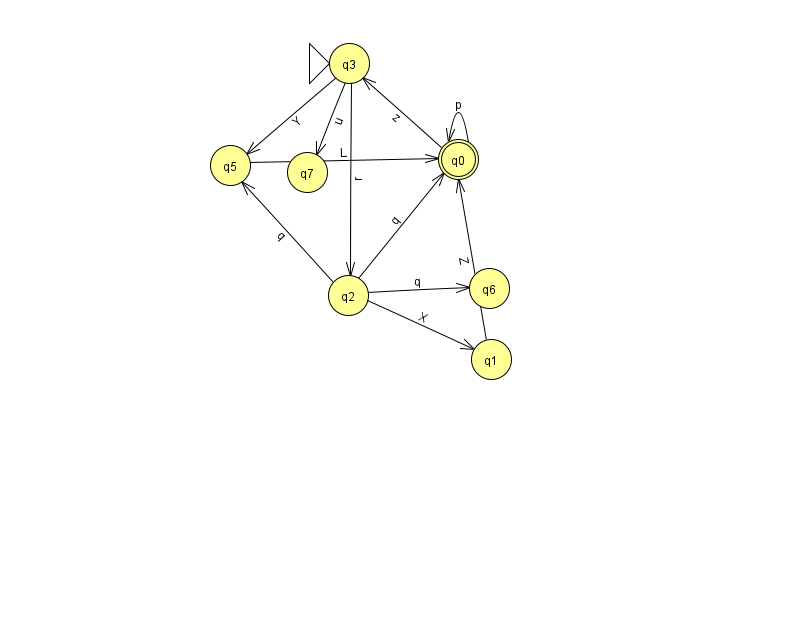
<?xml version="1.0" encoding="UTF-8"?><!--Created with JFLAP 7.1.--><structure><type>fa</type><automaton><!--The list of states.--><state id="0" name="q0"><x>458.0</x><y>146.0</y><final/></state><state id="1" name="q1"><x>491.0</x><y>346.0</y></state><state id="2" name="q2"><x>348.0</x><y>282.0</y></state><state id="3" name="q3"><x>349.0</x><y>50.0</y><initial/></state><state id="5" name="q5"><x>230.0</x><y>152.0</y></state><state id="6" name="q6"><x>489.0</x><y>275.0</y></state><state id="7" name="q7"><x>307.0</x><y>159.0</y></state><!--The list of transitions.--><transition><from>0</from><to>0</to><read>p</read></transition><transition><from>2</from><to>6</to><read>q</read></transition><transition><from>5</from><to>0</to><read>L</read></transition><transition><from>2</from><to>0</to><read>q</read></transition><transition><from>0</from><to>3</to><read>z</read></transition><transition><from>3</from><to>7</to><read>u</read></transition><transition><from>2</from><to>5</to><read>q</read></transition><transition><from>2</from><to>1</to><read>X</read></transition><transition><from>3</from><to>2</to><read>r</read></transition><transition><from>3</from><to>5</to><read>Y</read></transition><transition><from>1</from><to>0</to><read>Z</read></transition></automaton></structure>